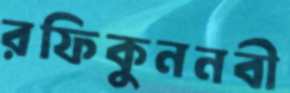
রফিকুননবী